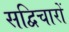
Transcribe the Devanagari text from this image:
सद्विचारों